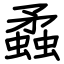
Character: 蟊